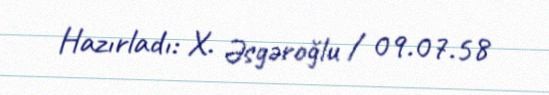
Hazırladı: X. Əsgəroğlu / 09.07.58